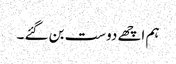
ہم اچھے دوست بن گئے ۔